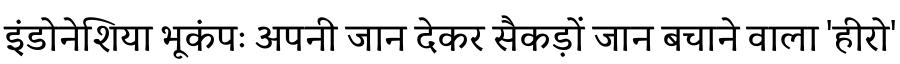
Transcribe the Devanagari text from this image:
इंडोनेशिया भूकंपः अपनी जान देकर सैकड़ों जान बचाने वाला 'हीरो'